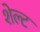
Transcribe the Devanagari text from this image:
शेल्ट